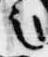
言